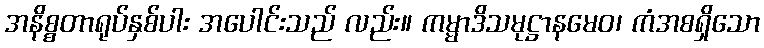
အနိစ္စတာရုပ်နှစ်ပါး အပေါင်းသည် လည်း။ ကမ္မာဒိသမုဋ္ဌာနမေဝ၊ ကံအစရှိသော